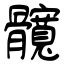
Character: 髖